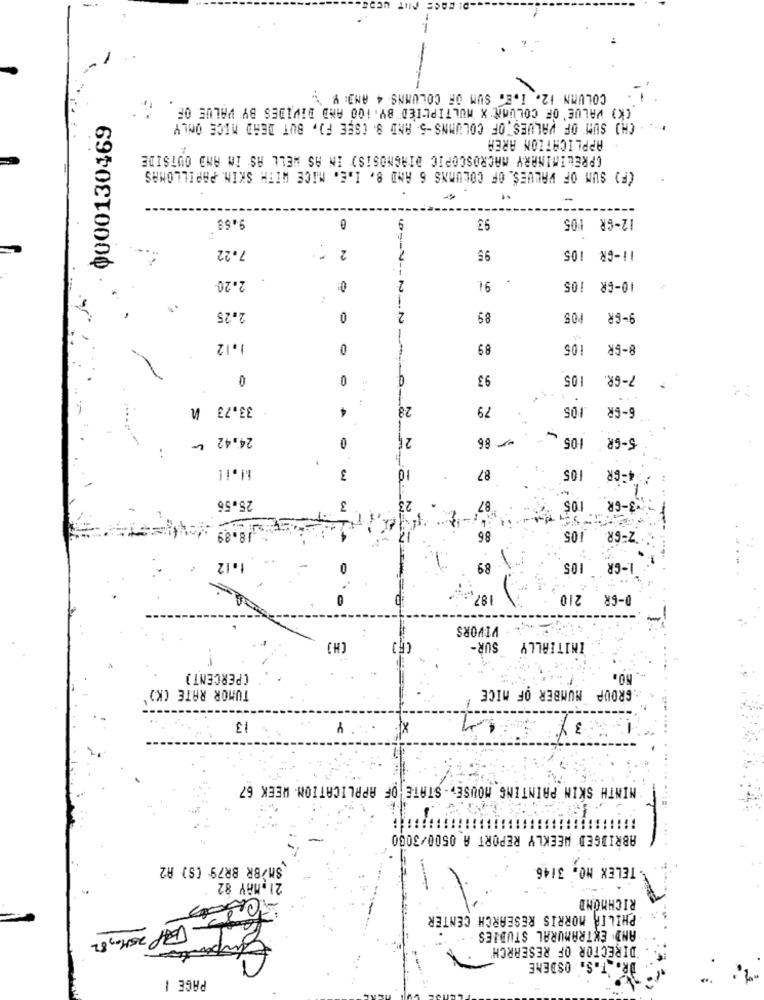
PUT UCP
COLUMN 12. I.E. SUM OF COLUMNS 4 AND: Y .
(K) VALUE' OF COLUMN X MULTIPLIED BY. 100 AMD DIVIDES BY VALUE OF
0000130469
CHO SUM OF VALUES, OF COLUMNS -5 AND 8. (SEE F), BUT DEAD MICE ONLY
APPLICATION AREA
(PRELIMINARY MACROSCOPIC DIAGNOSIS) IN AS WELL AS IN AND OUTSIDE
(F) SUM OF VALUES. OF COLUMNS 6 AND 8, I.E. MICE WITH SKIN. PAPILLOMAS
--
9.58
93
12-GR 105
7.22
2 .
95
11-GR 105
2.20-
-
0:
2
10-6R 105
2.25
0
2
89
9-GR
1.12
89
105
-GR
0
93
105
7-GR
33.73 h
4
28
79
6-GR
24.42 ~
₾ 86
1.05
5-GR
b.i!
3
87
105
-GR
a
25.56
3-GR
3
87
105
Z-GR
18.89
86
105
.12
89
105
1-GR
0
187
D-GR 210
VIVORS
INITIALLY SUR-
(PERCENT)
TUMOR RATE (K)
GROUP NUMBER OF MICE
3Y
3
Y
MINTH SKIN PAINTING MOUSE ,- STATE OF APPLICATION WEEK 67
ABRIDGED WEEKLY REPORT A 0500/3060
SM/BR BR79 (S) A2
TELEX NO. 3/46
21.MAY 82
RICHMOND
.PHILIP MORRIS RESEARCH CENTER
Empor
AND EXTRAMURAL STUDIES . .
DIRECTOR OF RESEARCH'
DR. T.S. OSDENE
PAGE 1